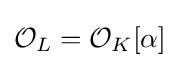
{\mathcal {O}}_{L}={\mathcal {O}}_{K}[\alpha ]